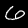
Digit: 6